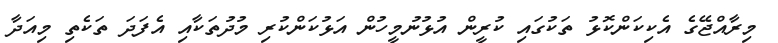
މިރާއްޖޭގެ އެކިކަންކޮޅު ތަކުގައި ކުރީން އުޅުނުމީހުން އަޅުކަންކުރި މުދުތަކާއި އެފަދަ ތަކެތި މިއަދާ